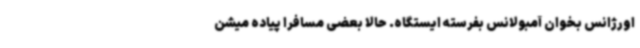
اورژانس بخوان آمبولانس بفرسته ایستگاه. حالا بعضی مسافرا پیاده میشن